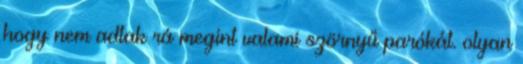
hogy nem adtak rá megint valami szörnyű parókát. olyan